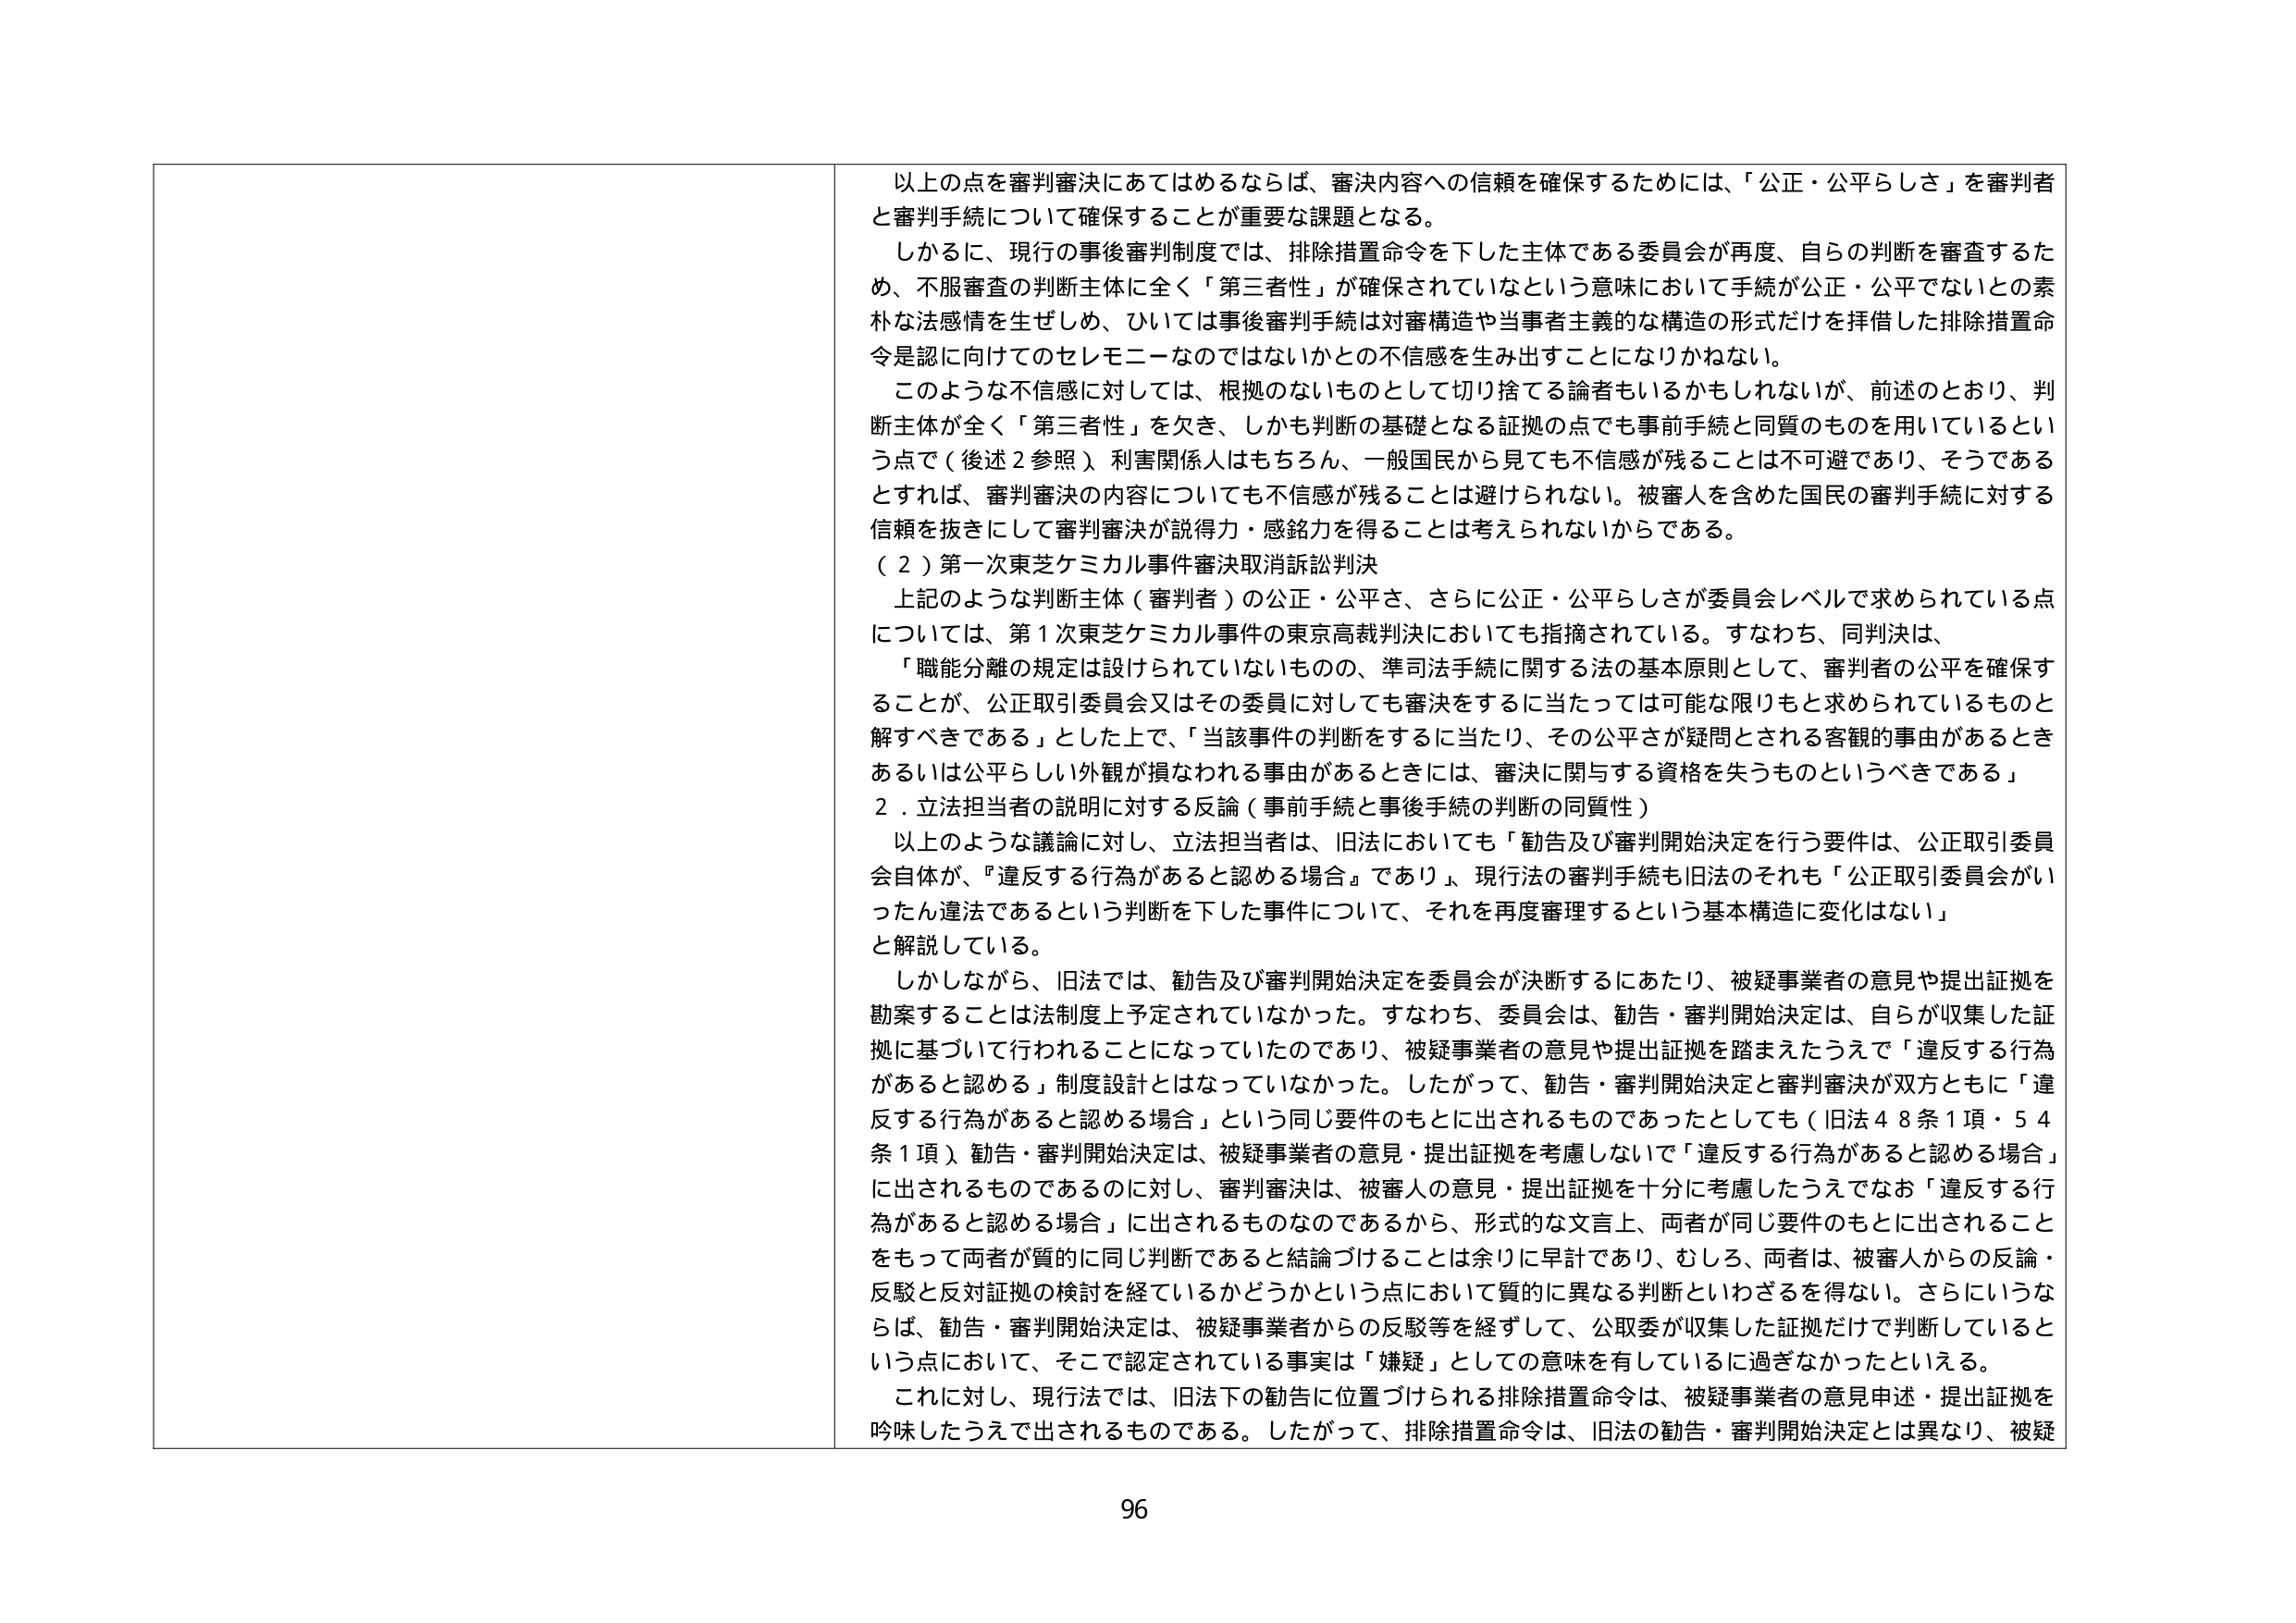
以上の点を審判審決にあてはめるならば、審決内容への信頼を確保するためには、「公正・公平らしさ」を審判者と審判手続について確保することが重要な課題となる。

しかるに、現行の事後審判制度では、排除措置命令を下した主体である委員会が再度、自らの判断を審査するため、不服審査の判断主体に全く「第三者性」が確保されていないという意味において手続が公正・公平でないとの素朴な法感情を生ぜしめ、ひいては事後審判手続は対審構造や当事者主義的な構造の形式だけを拝借した排除措置命令是認に向けてのセレモニーなのではないかとの不信感を生み出すことになりかねない。

このような不信感に対しては、根拠のないものとして切り捨てる論者もいるかもしれないが、前述のとおり、判断主体が全く「第三者性」を欠き、しかも判断の基礎となる証拠の点でも事前手続と同質のものを用いているという点で（後述２参照）、利害関係人はもちろん、一般国民から見ても不信感が残ることは不可避であり、そうであるとすれば、審判審決の内容についても不信感が残ることは避けられない。被審人を含めた国民の審判手続に対する信頼を抜きにして審判審決が説得力・感銘力を得ることは考えられないからである。

（２）第一次東芝ケミカル事件審決取消訴訟判決

上記のような判断主体（審判者）の公正・公平さ、さらに公正・公平らしさが委員会レベルで求められている点については、第１次東芝ケミカル事件の東京高裁判決においても指摘されている。すなわち、同判決は、

「職能分離の規定は設けられていないものの、準司法手続に関する法の基本原則として、審判者の公平を確保することが、公正取引委員会又はその委員に対しても審決をするに当たっては可能な限りもと求められているものと解すべきである」とした上で、「当該事件の判断をするに当たり、その公平さが疑問とされる客観的事由があるときあるいは公平らしい外観が損なわれる事由があるときには、審決に関与する資格を失うものというべきである」

２．立法担当者の説明に対する反論（事前手続と事後手続の判断の同質性）

以上のような議論に対し、立法担当者は、旧法においても「勧告及び審判開始決定を行う要件は、公正取引委員会自体が、『違反する行為があると認める場合』であり、現行法の審判手続も旧法のそれも『公正取引委員会がいったん違法であるという判断を下した事件について、それを再度審理するという基本構造に変化はない』と解説している。

しかしながら、旧法では、勧告及び審判開始決定を委員会が決断するにあたり、被疑事業者の意見や提出証拠を勘案することは法制度上予定されていなかった。すなわち、委員会は、勧告・審判開始決定は、自らが収集した証拠に基づいて行われることになっていたのであり、被疑事業者の意見や提出証拠を踏まえたうえで「違反する行為があると認める」制度設計とはなっていなかった。したがって、勧告・審判開始決定と審判審決が双方ともに「違反する行為があると認める場合」という同じ要件のもとに出されるものであったとしても（旧法４８条１項・５４条１項）、勧告・審判開始決定は、被疑事業者の意見・提出証拠を考慮しないで「違反する行為があると認める場合」に出されるものであるのに対し、審判審決は、被審人の意見・提出証拠を十分に考慮したうえでなお「違反する行為があると認める場合」に出されるものなのであるから、形式的な文言上、両者が同じ要件のもとに出されることをもって両者が質的に同じ判断であると結論づけることは余りに早計であり、むしろ、両者は、被審人からの反論・反駁と反対証拠の検討を経ているかどうかという点において質的に異なる判断といわざるを得ない。さらにいうならば、勧告・審判開始決定は、被疑事業者からの反駁等を経ずして、公取委が収集した証拠だけで判断しているという点において、そこで認定されている事実は「嫌疑」としての意味を有しているに過ぎなかったといえる。

これに対し、現行法では、旧法下の勧告に位置づけられる排除措置命令は、被疑事業者の意見申述・提出証拠を吟味したうえで出されるものである。したがって、排除措置命令は、旧法の勧告・審判開始決定とは異なり、被疑

96